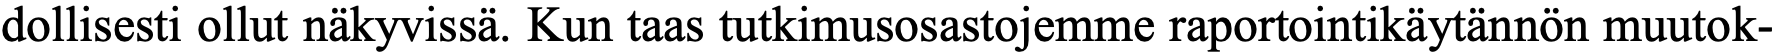
dollisesti ollut näkyvissä. Kun taas tutkimusosastojemme raportointikäytännön muutok-